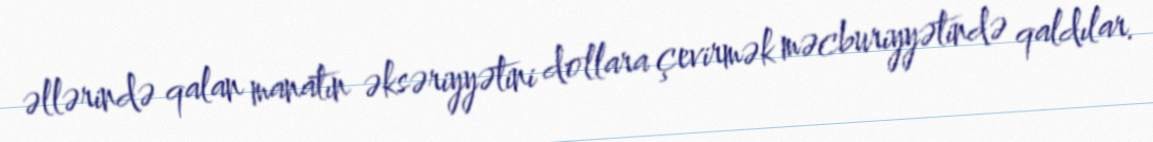
əllərində qalan manatın əksəriyyətini dollara çevirmək məcburiyyətində qaldılar.